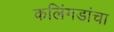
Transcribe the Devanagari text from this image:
कलिंगडांचा